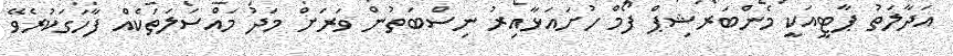
އަދާލަތު ޕާޓީއަކީ މެންބަރޝިޕް ފޯމް ހުށައަޅާއިރު ނިސްބަތުން ވަރަށް މަދު މައްސަލަތަކެއް ފާހަގަކުރެވޭ